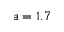
a = 1 . 7